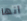
انها